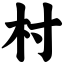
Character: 村